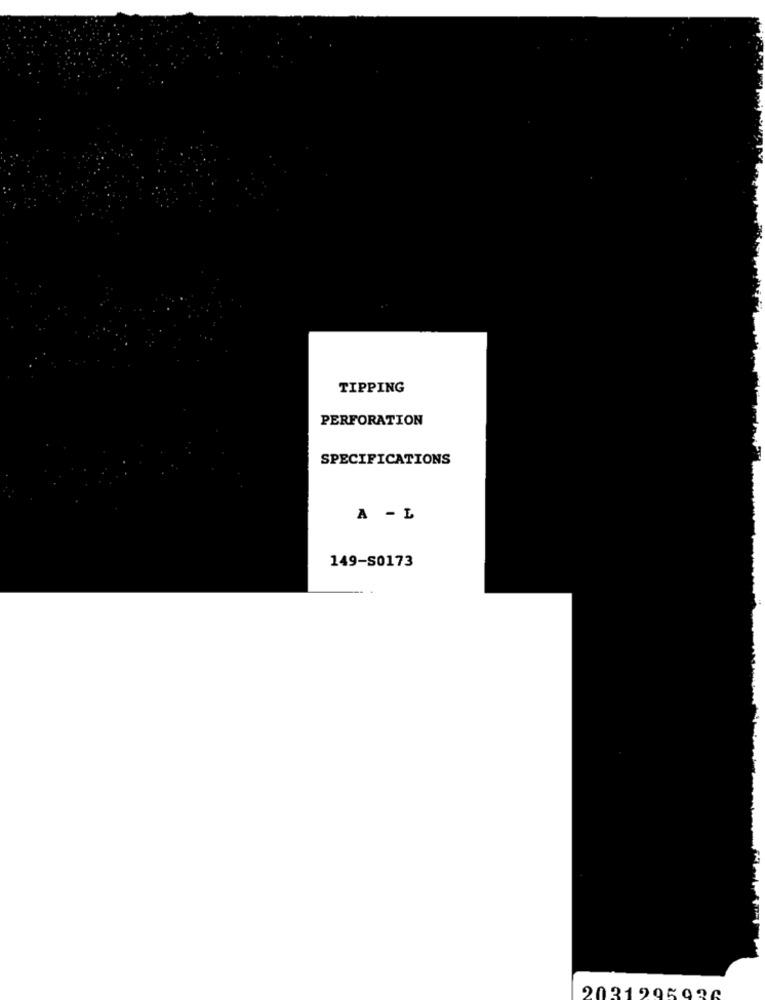
TIPPING
PERFORATION
SPECIFICATIONS
A - L
149-S0173
2031906090